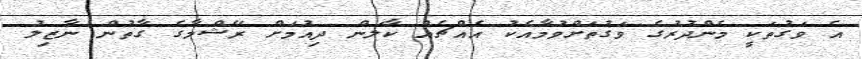
އެ ވަގުތަކީ މެންދުރުގެ ވަގުތަށްވުމާއެކު އެއްޗެއް ކާލަން ދިއުމަށް ރޭޝްމާގެ ގާތުން ނާޒިލު